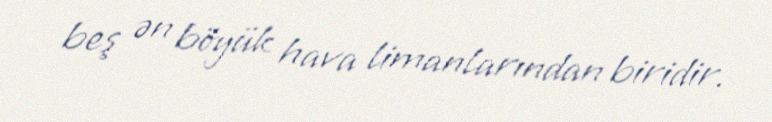
beş ən böyük hava limanlarından biridir.